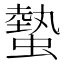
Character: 𧐨